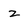
Character: z